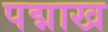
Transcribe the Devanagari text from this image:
पद्माख